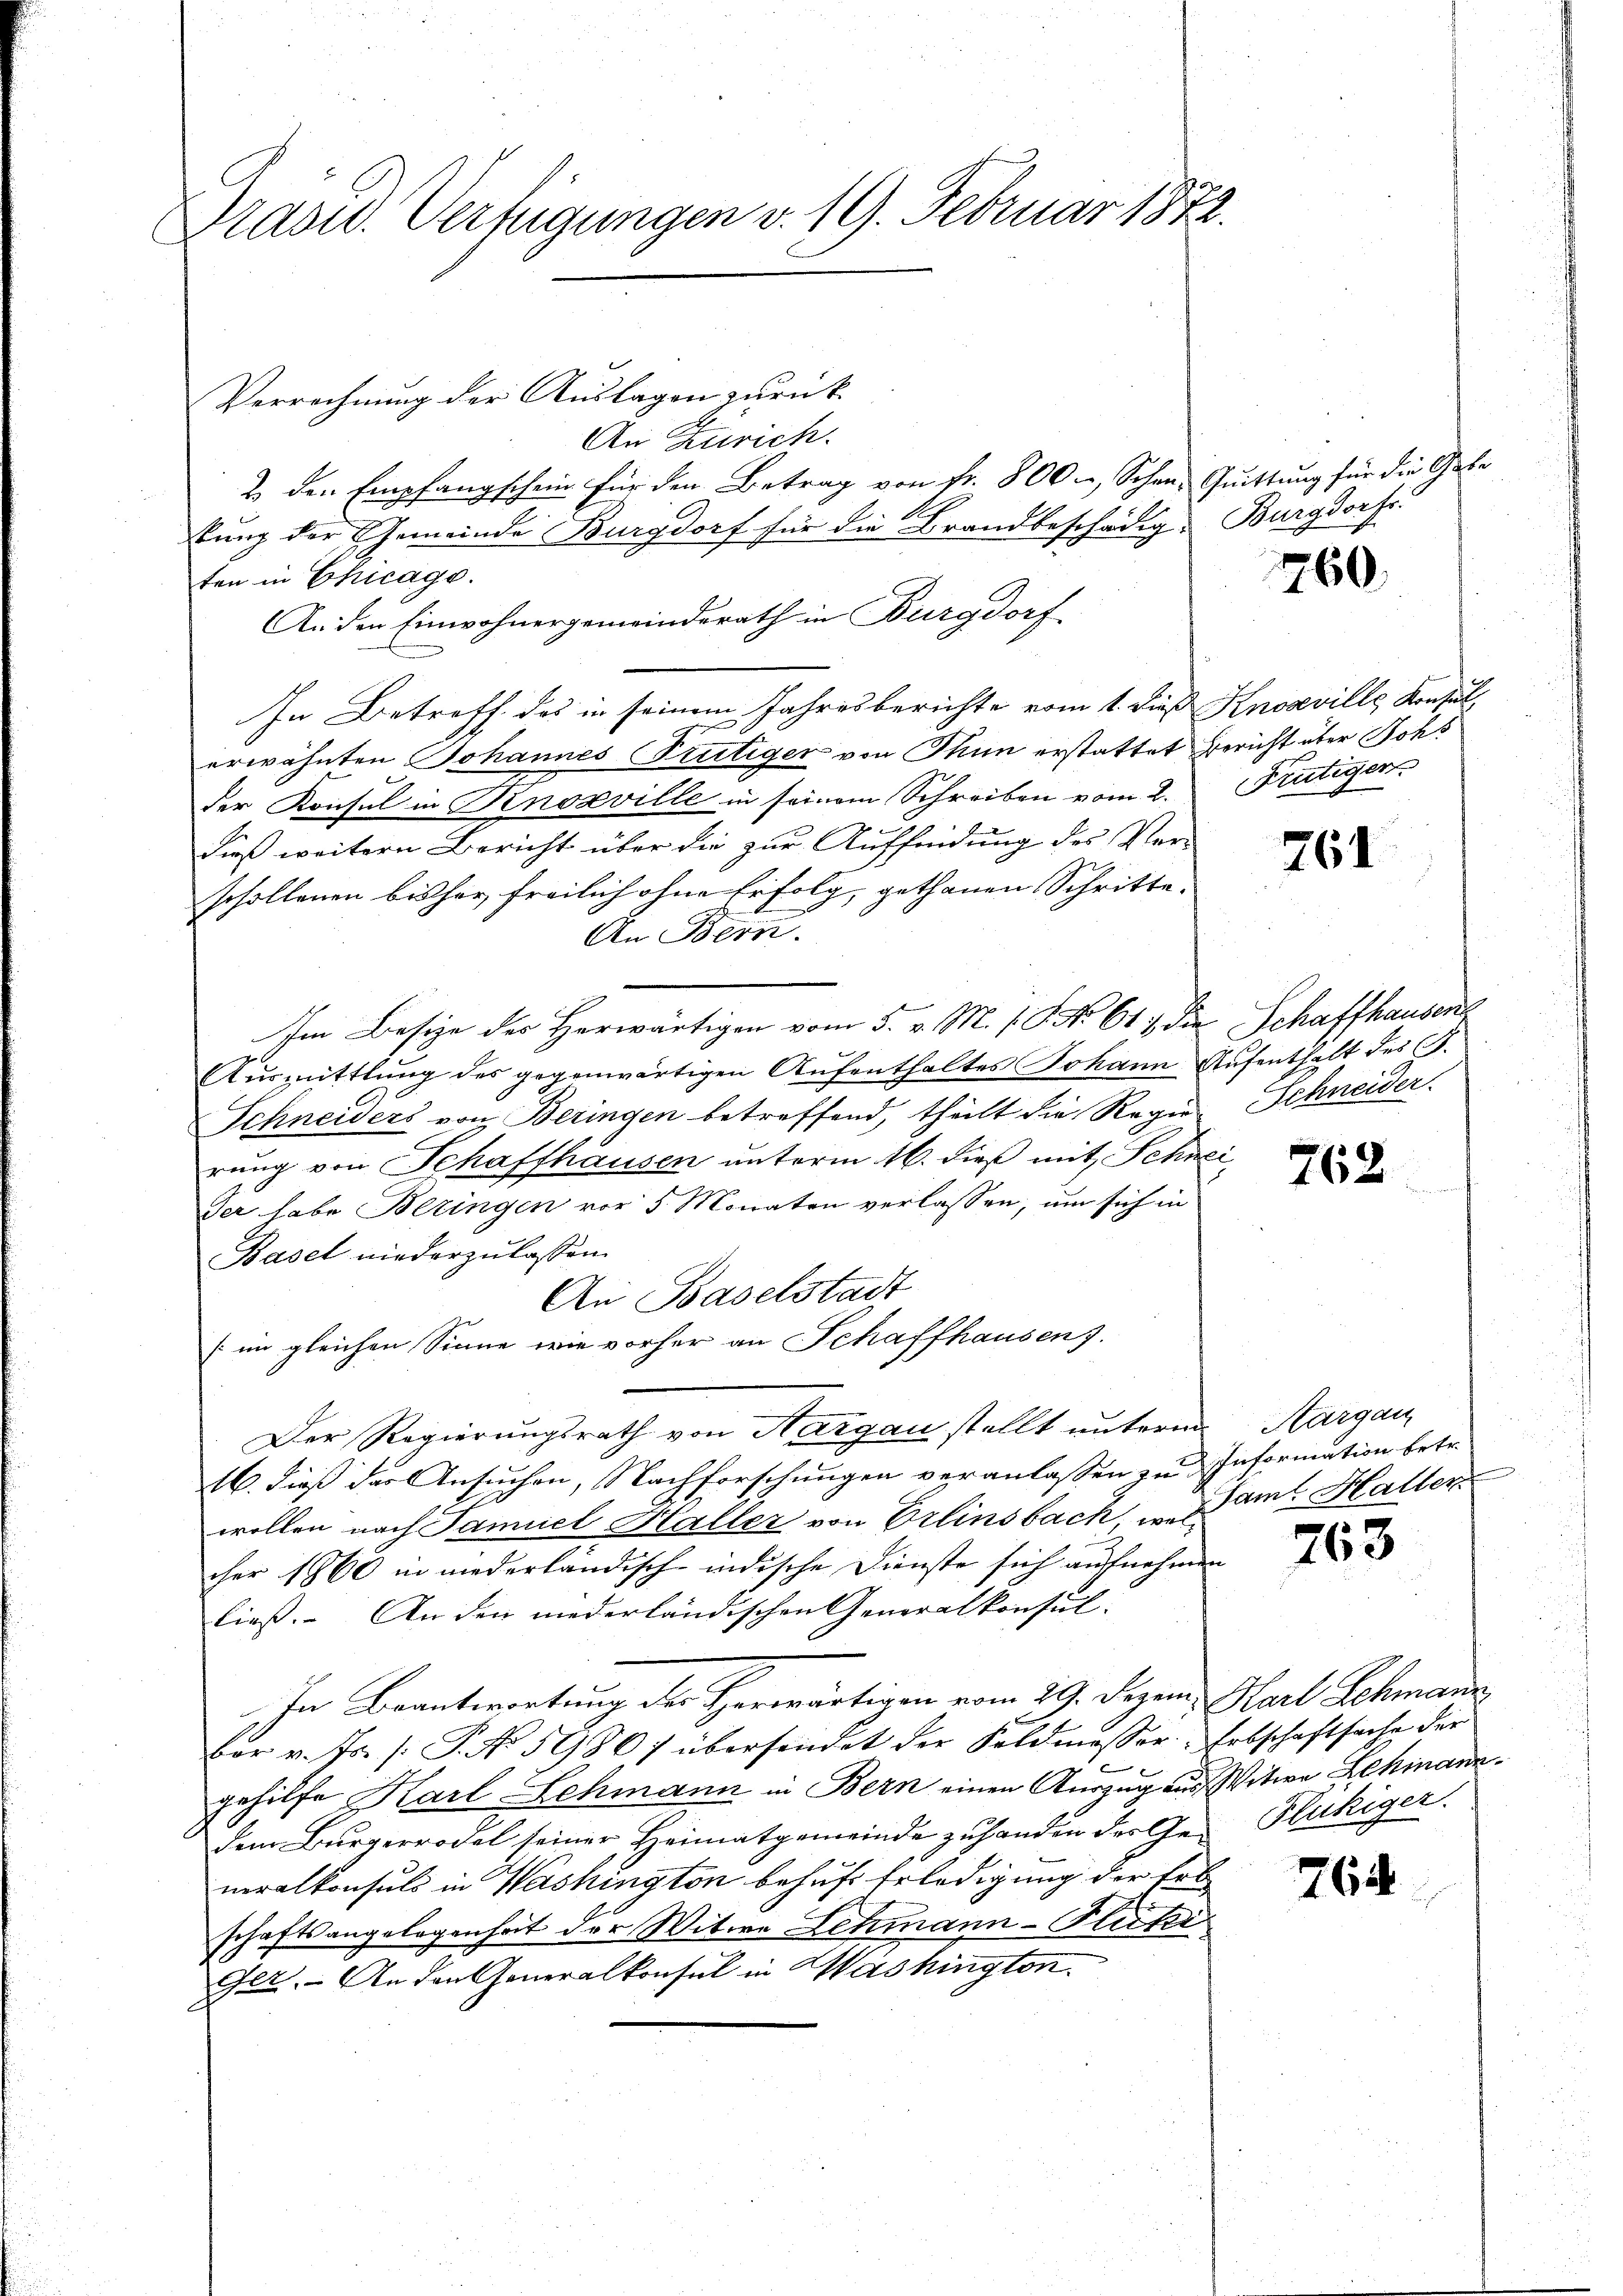
Präsid.. Verfügungen v. 19. Februar 1872.

Verrechnung der Auslagen zurück
An Zürich.
2. den Empfangschein für den Betrag von Fr. 800. Schan, Quittung für die Gele
stung der Gemeinde Burgdorf für die Brandbeschädig, Burgdorf.
ten in Chicage.
An den Einwohnergemeinderath in Burgdorf
In Betreff des in seinem Jahresberichte vom 1. dieß Knosville Konsul
erwähnten Johannes Trutiger von Thun erstattet Bericht über Rohs
der Konsul in Knosville in seinem Schreiben vom 2.
dieß weitern Bericht über die zur Auffindung des Ver-
schollenen bisher freilich ohne Erfolg, gethanen Schritte
An Bern.
Im Besize des Herwärtigen vom 5. v. M. s. S. No. 617 die Schaffhausen
Aŭsmittlung des gegenwärtigen Aufenthaltes Johann Aufenthalt des G.
Schneiders von Beringen betreffend, theilt die Regierung von Schaffhausen unterm 16. dieß mit Schneider habe Bezingen vor 5 Monaten verlassen, um sich in
Basel niederzulassen.
An Baselstadt
(im gleichen Sinne wie vorher an Schaffhausen).
Der Regierungsrath von Aargau stellt unterm
16. dieß des Ansuchen, Nachforschungen veranlassen zu Information betr.
wollen nach Samuel Haller von Erlinsbach, u. am Haller
cher 1860 in niederländisch-indische Dienste sich aufnehmen
ließ. An den niederländischen Generalkonsul- |
In Beantwortung des Herwärtigen vom 29. Dezem. Karl Schmann
bor v. Js. /: P. No 59807 übersendet der Feldmesser Erbschaftsache der
gehilfe Karl Lehmann in Bern einen Auszug aus Witwe Lehmann
dem Bürgerrodel seiner Heimatgemeinde zuhanden des Generalkonsuls in Washington behufs Erledigung der Erb
schaftsangelegenheit der Witwe Lehmann-Fluki
Ger. An den Generalkonsul in Washington.

760.

Frutigers

761

Schneider.

762

Aargau

763

Flukiger.

764